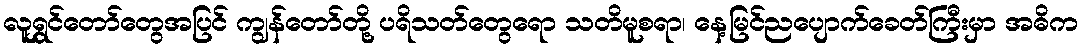
လူရွှင်တော်တွေအပြင် ကျွန်တော်တို့ ပရိသတ်တွေရော သတိမူစရာ၊ နေ့မြင်ညပျောက်ခေတ်ကြီးမှာ အဓိက